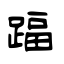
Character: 踾